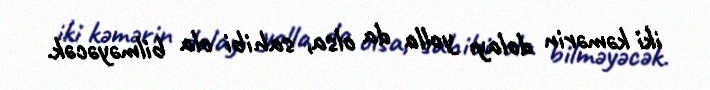
iki kəmərin dolayı yolla da olsa, sahibi ola bilməyəcək.